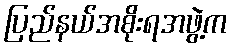
ပြည်နယ်အစိုးရအဖွဲ့က